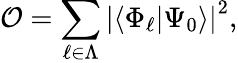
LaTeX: \mathcal{O}=\sum_{\ell\in\Lambda}\left|\langle\Phi_{\ell}|\Psi_{0}\rangle\right|^{2},